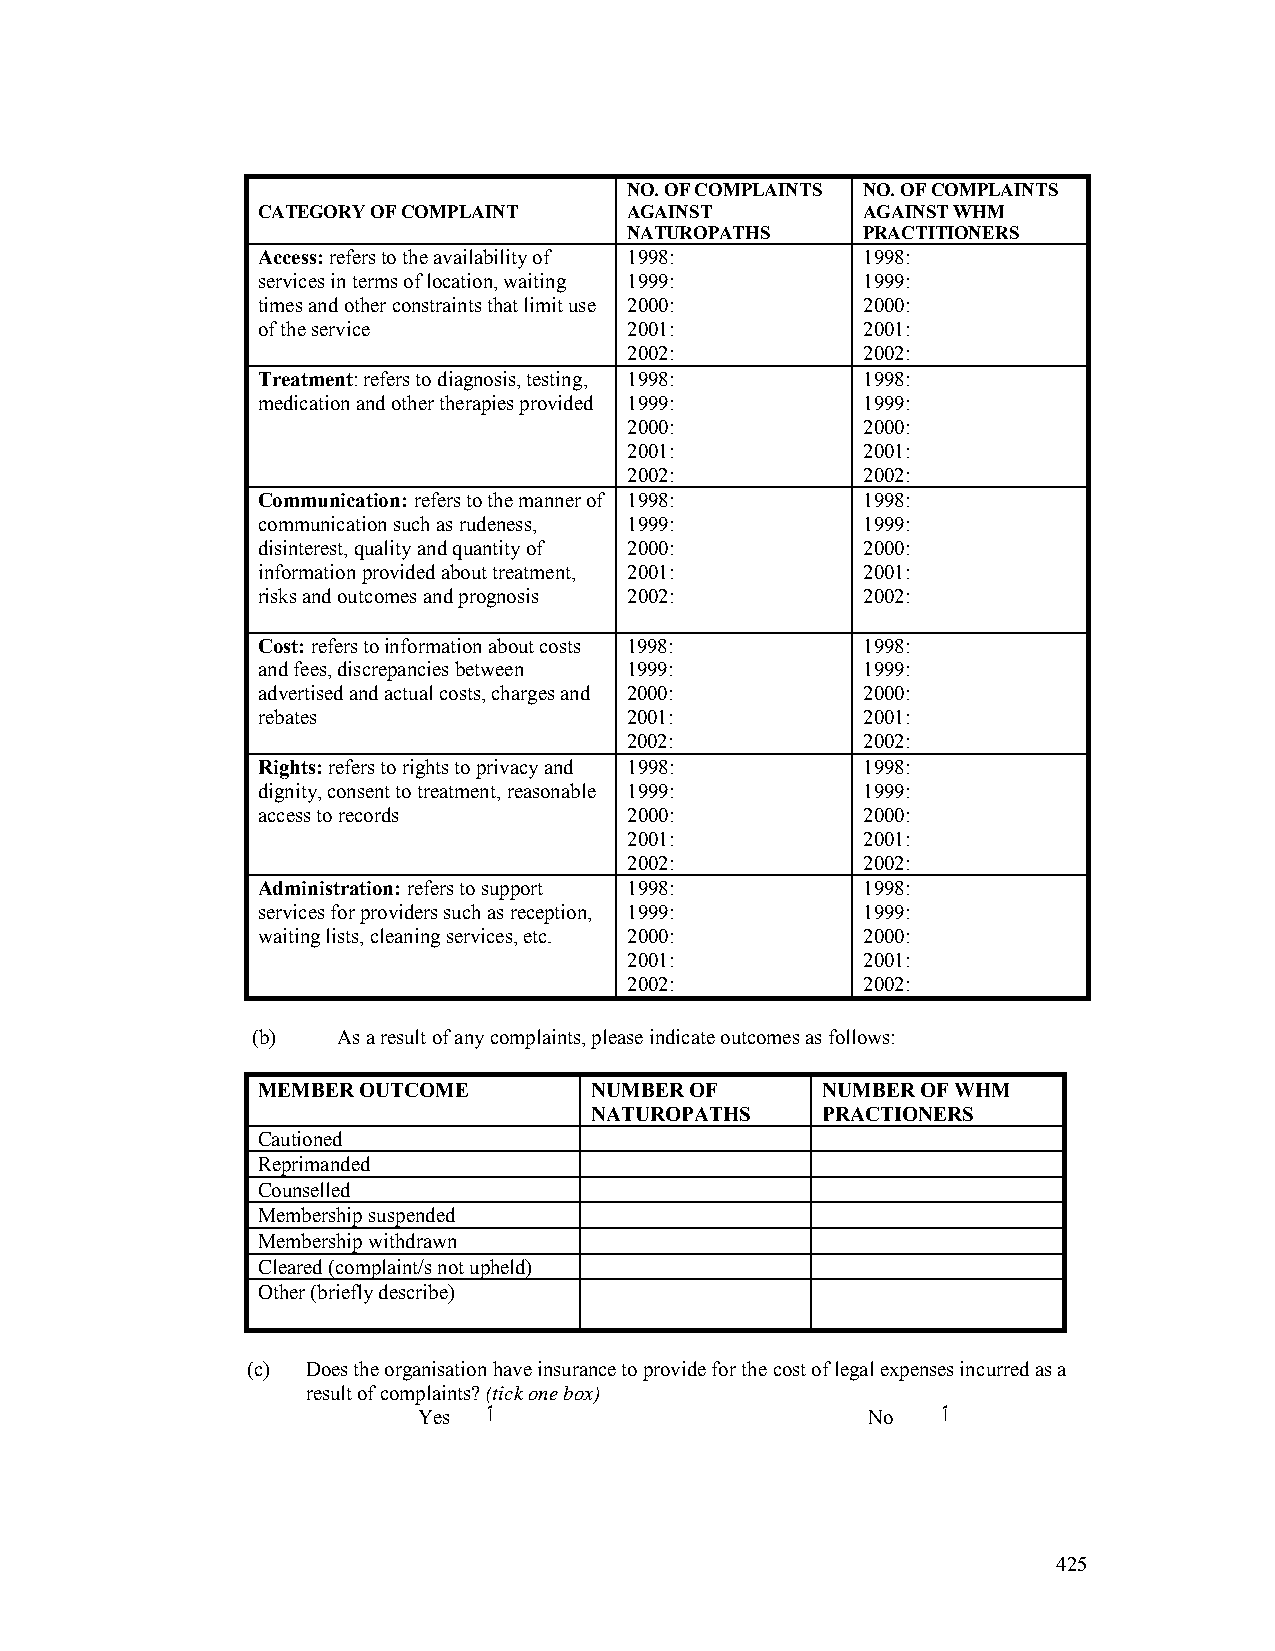
NO. OF COMPLAINTS NO. OF COMPLAINTS
 CATEGORY OF COMPLAINT    AGAINST        AGAINST WHM
 NATUROPATHS    PRACTITIONERS
 Access: refers to the availability of 1998: 1998:
 services in terms of location, waiting 1999: 1999:
 times and other constraints that limit use 2000: 2000:
 of the service           2001:          2001:
 2002:          2002:
 Treatment: refers to diagnosis, testing, 1998: 1998:
 medication and other therapies provided 1999: 1999:
 2000:          2000:
 2001:          2001:
 2002:          2002:
 Communication: refers to the manner of 1998: 1998:
 communication such as rudeness, 1999:   1999:
 disinterest, quality and quantity of 2000: 2000:
 information provided about treatment, 2001: 2001:
 risks and outcomes and prognosis 2002:  2002:
 Cost: refers to information about costs 1998: 1998:
 and fees, discrepancies between 1999:   1999:
 advertised and actual costs, charges and 2000: 2000:
 rebates                  2001:          2001:
 2002:          2002:
 Rights: refers to rights to privacy and 1998: 1998:
 dignity, consent to treatment, reasonable 1999: 1999:
 access to records        2000:          2000:
 2001:          2001:
 2002:          2002:
 Administration: refers to support 1998: 1998:
 services for providers such as reception, 1999: 1999:
 waiting lists, cleaning services, etc. 2000: 2000:
 2001:          2001:
 2002:          2002:
 (b)  As a result of any complaints, please indicate outcomes as follows:
 MEMBER OUTCOME        NUMBER OF      NUMBER OF WHM
 NATUROPATHS    PRACTIONERS
 Cautioned
 Reprimanded
 Counselled
 Membership suspended
 Membership withdrawn
 Cleared (complaint/s not upheld)
 Other (briefly describe)
 (c) Does the organisation have insurance to provide for the cost of legal expenses incurred as a
 result of complaints? (tick one box)
 Yes ٱ                        No   ٱ
 425